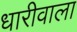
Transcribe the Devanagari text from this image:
धारीवाला